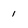
Character: 1